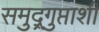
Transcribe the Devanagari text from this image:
समुद्र्गुप्ताशी